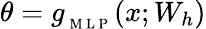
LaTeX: \theta=g_{_\mathrm{~M~L~P~}}(x;W_{h})